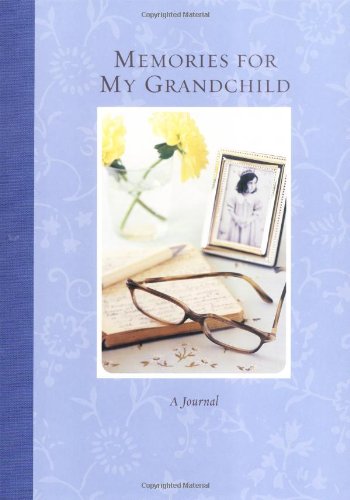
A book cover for Memories for My Grandchild; Annie Decker; Crafts, Hobbies & Home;